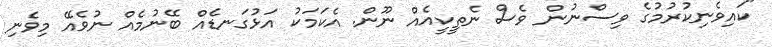
"ކައިވެނިކުރުމުގެ ވިސްނުން ވެސް ނެތީކީއެއް ނޫން. އެކަމަކު އަޅުގަނޑެއް ބޭނުމެއް ނުވެއޭ މިވެނި